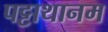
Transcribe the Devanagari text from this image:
पट्टाथानम